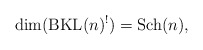
\begin{gather*}\dim({\rm BKL}(n)^{!})= {\rm Sch}(n),\end{gather*}